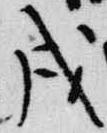
戌